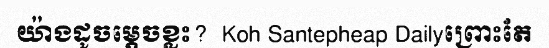
យ៉ាងដូចម្តេចខ្លះ?  Koh Santepheap Dailyព្រោះតែ